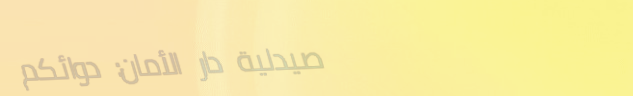
صيدلية دار الأمان: دوائكم